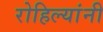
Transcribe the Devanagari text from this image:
रोहिल्यांनी